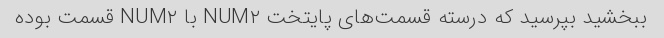
ببخشید بپرسید که درسته قسمت‌های پایتخت NUM۲ با NUM۲ قسمت بوده